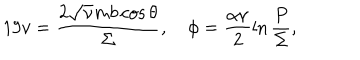
LaTeX: 1 9 v = \frac { 2 \sqrt { \nu } m b \cos \theta } { \Sigma } , \quad \phi = \frac { \alpha \nu } { 2 } \ln \frac { P } { \Sigma } ,